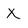
Character: X